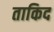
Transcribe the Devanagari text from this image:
ताकिद